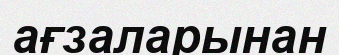
ағзаларынан